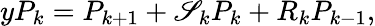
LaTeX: yP_{k}=P_{k+1}+\mathscr{S}_{k}P_{k}+R_{k}P_{k-1},